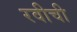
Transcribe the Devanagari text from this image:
रवीची